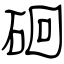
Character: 硘